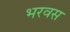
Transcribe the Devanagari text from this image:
भरवस